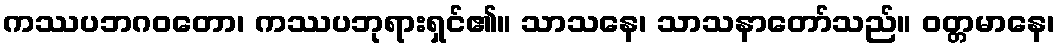
ကဿပဘဂဝတော၊ ကဿပဘုရားရှင်၏။ သာသနေ၊ သာသနာတော်သည်။ ဝတ္တမာနေ၊